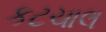
કટચાલ